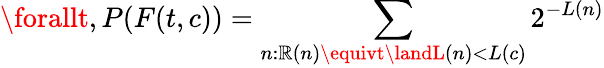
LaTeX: \forallt,P(F(t,c))=\sum_{n:\mathbb{R}(n)\equivt\landL(n)<L(c)}2^{-L(n)}